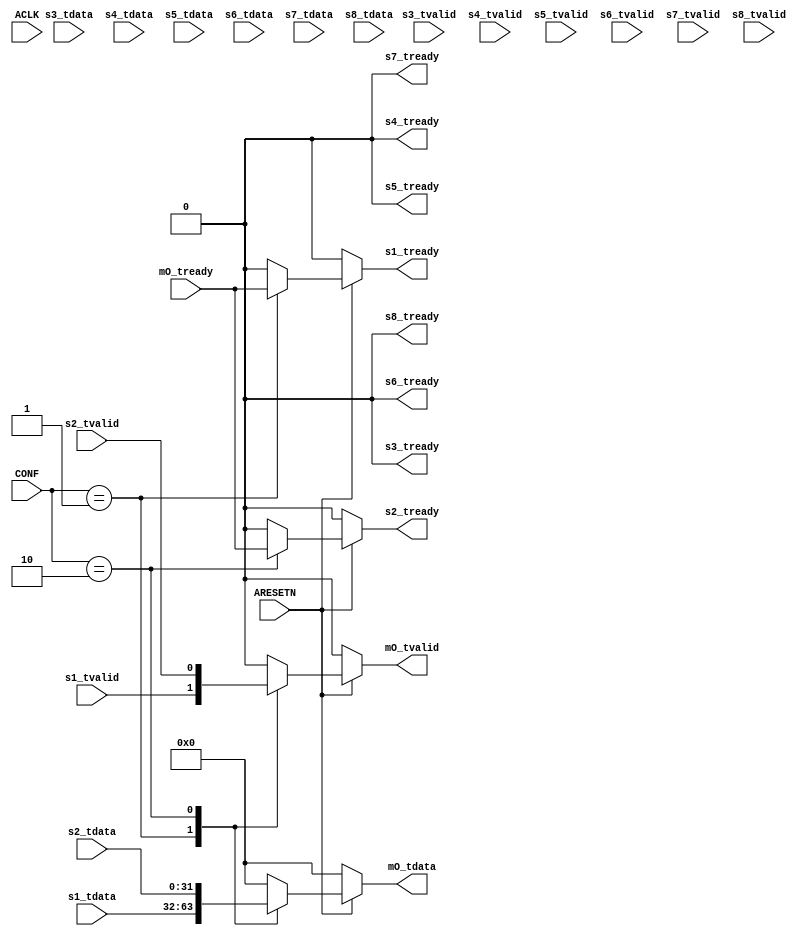
`timescale 1 ns / 1 ps

module jit_mux #
(
  parameter NUM_PORTs = 2
)
(

  output  reg              s1_tready  ,
  input   wire             s1_tvalid  ,
  input   wire  [31 : 0]   s1_tdata   ,

  output  reg              s2_tready  ,
  input   wire             s2_tvalid  ,
  input   wire  [31 : 0]   s2_tdata   ,

  output  reg              s3_tready  ,
  input   wire             s3_tvalid  ,
  input   wire  [31 : 0]   s3_tdata   ,

  output  reg              s4_tready  ,
  input   wire             s4_tvalid  ,
  input   wire  [31 : 0]   s4_tdata   ,

  output  reg              s5_tready  ,
  input   wire             s5_tvalid  ,
  input   wire  [31 : 0]   s5_tdata   ,

  output  reg              s6_tready  ,
  input   wire             s6_tvalid  ,
  input   wire  [31 : 0]   s6_tdata   ,

  output  reg              s7_tready  ,
  input   wire             s7_tvalid  ,
  input   wire  [31 : 0]   s7_tdata   ,

  output  reg              s8_tready  ,
  input   wire             s8_tvalid  ,
  input   wire  [31 : 0]   s8_tdata   ,

  input   wire             mO_tready  ,
  output  reg              mO_tvalid  ,
  output  reg   [31 : 0]   mO_tdata   ,

  input   wire  [ 3 : 0]   CONF       ,

  input   wire             ACLK       ,
  input   wire             ARESETN
);

//    ____   ___  ____ _____          ____
//   |  _ \ / _ \|  _ \_   _|__   _  |___ \
//   | |_) | | | | |_) || |/ __| (_)   __) |
//   |  __/| |_| |  _ < | |\__ \  _   / __/
//   |_|    \___/|_| \_\|_||___/ (_) |_____|
//
generate if (NUM_PORTs == 2) begin
  always @(*) begin
    if (!ARESETN) begin
      mO_tvalid =  1'b0     ;
      mO_tdata  = 32'd0     ;
      s1_tready =  1'b0     ;
      s2_tready =  1'b0     ;
      s3_tready =  1'b0     ;
      s4_tready =  1'b0     ;
      s5_tready =  1'b0     ;
      s6_tready =  1'b0     ;
      s7_tready =  1'b0     ;
      s8_tready =  1'b0     ;
    end
    else begin
      case (CONF)
        4'd0: begin
          mO_tvalid =  1'b0     ;
          mO_tdata  = 32'd0     ;
          s1_tready =  1'b0     ;
          s2_tready =  1'b0     ;
          s3_tready =  1'b0     ;
          s4_tready =  1'b0     ;
          s5_tready =  1'b0     ;
          s6_tready =  1'b0     ;
          s7_tready =  1'b0     ;
          s8_tready =  1'b0     ;
        end

        4'd1: begin
          mO_tvalid = s1_tvalid ;
          mO_tdata  = s1_tdata  ;
          s1_tready = mO_tready ;
          s2_tready = 1'b0      ;
          s3_tready = 1'b0      ;
          s4_tready = 1'b0      ;
          s5_tready = 1'b0      ;
          s6_tready = 1'b0      ;
          s7_tready = 1'b0      ;
          s8_tready = 1'b0      ;
        end

        4'd2: begin
          mO_tvalid = s2_tvalid ;
          mO_tdata  = s2_tdata  ;
          s1_tready = 1'b0      ;
          s2_tready = mO_tready ;
          s3_tready = 1'b0      ;
          s4_tready = 1'b0      ;
          s5_tready = 1'b0      ;
          s6_tready = 1'b0      ;
          s7_tready = 1'b0      ;
          s8_tready = 1'b0      ;
        end

        default: begin
          mO_tvalid =  1'b0     ;
          mO_tdata  = 32'd0     ;
          s1_tready =  1'b0     ;
          s2_tready =  1'b0     ;
          s3_tready =  1'b0     ;
          s4_tready =  1'b0     ;
          s5_tready =  1'b0     ;
          s6_tready =  1'b0     ;
          s7_tready =  1'b0     ;
          s8_tready =  1'b0     ;
        end
      endcase
    end
  end
end
endgenerate
//    ____   ___  ____ _____          _____
//   |  _ \ / _ \|  _ \_   _|__   _  |___ /
//   | |_) | | | | |_) || |/ __| (_)   |_ \
//   |  __/| |_| |  _ < | |\__ \  _   ___) |
//   |_|    \___/|_| \_\|_||___/ (_) |____/
//
generate if (NUM_PORTs == 3) begin
  always @(*) begin
    if (!ARESETN) begin
      mO_tvalid =  1'b0     ;
      mO_tdata  = 32'd0     ;
      s1_tready =  1'b0     ;
      s2_tready =  1'b0     ;
      s3_tready =  1'b0     ;
      s4_tready =  1'b0     ;
      s5_tready =  1'b0     ;
      s6_tready =  1'b0     ;
      s7_tready =  1'b0     ;
      s8_tready =  1'b0     ;
    end
    else begin
      case (CONF)
        4'd0: begin
          mO_tvalid =  1'b0     ;
          mO_tdata  = 32'd0     ;
          s1_tready =  1'b0     ;
          s2_tready =  1'b0     ;
          s3_tready =  1'b0     ;
          s4_tready =  1'b0     ;
          s5_tready =  1'b0     ;
          s6_tready =  1'b0     ;
          s7_tready =  1'b0     ;
          s8_tready =  1'b0     ;
        end

        4'd1: begin
          mO_tvalid = s1_tvalid ;
          mO_tdata  = s1_tdata  ;
          s1_tready = mO_tready ;
          s2_tready = 1'b0      ;
          s3_tready = 1'b0      ;
          s4_tready = 1'b0      ;
          s5_tready = 1'b0      ;
          s6_tready = 1'b0      ;
          s7_tready = 1'b0      ;
          s8_tready = 1'b0      ;
        end

        4'd2: begin
          mO_tvalid = s2_tvalid ;
          mO_tdata  = s2_tdata  ;
          s1_tready = 1'b0      ;
          s2_tready = mO_tready ;
          s3_tready = 1'b0      ;
          s4_tready = 1'b0      ;
          s5_tready = 1'b0      ;
          s6_tready = 1'b0      ;
          s7_tready = 1'b0      ;
          s8_tready = 1'b0      ;
        end

        4'd3: begin
          mO_tvalid = s3_tvalid ;
          mO_tdata  = s3_tdata  ;
          s1_tready = 1'b0      ;
          s2_tready = 1'b0      ;
          s3_tready = mO_tready ;
          s4_tready = 1'b0      ;
          s5_tready = 1'b0      ;
          s6_tready = 1'b0      ;
          s7_tready = 1'b0      ;
          s8_tready = 1'b0      ;
        end

        default: begin
          mO_tvalid =  1'b0     ;
          mO_tdata  = 32'd0     ;
          s1_tready =  1'b0     ;
          s2_tready =  1'b0     ;
          s3_tready =  1'b0     ;
          s4_tready =  1'b0     ;
          s5_tready =  1'b0     ;
          s6_tready =  1'b0     ;
          s7_tready =  1'b0     ;
          s8_tready =  1'b0     ;
        end
      endcase
    end
  end
end
endgenerate
//    ____   ___  ____ _____          _  _
//   |  _ \ / _ \|  _ \_   _|__   _  | || |
//   | |_) | | | | |_) || |/ __| (_) | || |_
//   |  __/| |_| |  _ < | |\__ \  _  |__   _|
//   |_|    \___/|_| \_\|_||___/ (_)    |_|
//
generate if (NUM_PORTs == 4) begin
  always @(*) begin
    if (!ARESETN) begin
      mO_tvalid =  1'b0     ;
      mO_tdata  = 32'd0     ;
      s1_tready =  1'b0     ;
      s2_tready =  1'b0     ;
      s3_tready =  1'b0     ;
      s4_tready =  1'b0     ;
      s5_tready =  1'b0     ;
      s6_tready =  1'b0     ;
      s7_tready =  1'b0     ;
      s8_tready =  1'b0     ;
    end
    else begin
      case (CONF)
        4'd0: begin
          mO_tvalid =  1'b0     ;
          mO_tdata  = 32'd0     ;
          s1_tready =  1'b0     ;
          s2_tready =  1'b0     ;
          s3_tready =  1'b0     ;
          s4_tready =  1'b0     ;
          s5_tready =  1'b0     ;
          s6_tready =  1'b0     ;
          s7_tready =  1'b0     ;
          s8_tready =  1'b0     ;
        end

        4'd1: begin
          mO_tvalid = s1_tvalid ;
          mO_tdata  = s1_tdata  ;
          s1_tready = mO_tready ;
          s2_tready = 1'b0      ;
          s3_tready = 1'b0      ;
          s4_tready = 1'b0      ;
          s5_tready = 1'b0      ;
          s6_tready = 1'b0      ;
          s7_tready = 1'b0      ;
          s8_tready = 1'b0      ;
        end

        4'd2: begin
          mO_tvalid = s2_tvalid ;
          mO_tdata  = s2_tdata  ;
          s1_tready = 1'b0      ;
          s2_tready = mO_tready ;
          s3_tready = 1'b0      ;
          s4_tready = 1'b0      ;
          s5_tready = 1'b0      ;
          s6_tready = 1'b0      ;
          s7_tready = 1'b0      ;
          s8_tready = 1'b0      ;
        end

        4'd3: begin
          mO_tvalid = s3_tvalid ;
          mO_tdata  = s3_tdata  ;
          s1_tready = 1'b0      ;
          s2_tready = 1'b0      ;
          s3_tready = mO_tready ;
          s4_tready = 1'b0      ;
          s5_tready = 1'b0      ;
          s6_tready = 1'b0      ;
          s7_tready = 1'b0      ;
          s8_tready = 1'b0      ;
        end

        4'd4: begin
          mO_tvalid = s4_tvalid ;
          mO_tdata  = s4_tdata  ;
          s1_tready = 1'b0      ;
          s2_tready = 1'b0      ;
          s3_tready = 1'b0      ;
          s4_tready = mO_tready ;
          s5_tready = 1'b0      ;
          s6_tready = 1'b0      ;
          s7_tready = 1'b0      ;
          s8_tready = 1'b0      ;
        end

        default: begin
          mO_tvalid =  1'b0     ;
          mO_tdata  = 32'd0     ;
          s1_tready =  1'b0     ;
          s2_tready =  1'b0     ;
          s3_tready =  1'b0     ;
          s4_tready =  1'b0     ;
          s5_tready =  1'b0     ;
          s6_tready =  1'b0     ;
          s7_tready =  1'b0     ;
          s8_tready =  1'b0     ;
        end
      endcase
    end
  end
end
endgenerate
//    ____   ___  ____ _____          ____
//   |  _ \ / _ \|  _ \_   _|__   _  | ___|
//   | |_) | | | | |_) || |/ __| (_) |___ \
//   |  __/| |_| |  _ < | |\__ \  _   ___) |
//   |_|    \___/|_| \_\|_||___/ (_) |____/
//
generate if (NUM_PORTs == 5) begin
  always @(*) begin
    if (!ARESETN) begin
      mO_tvalid =  1'b0     ;
      mO_tdata  = 32'd0     ;
      s1_tready =  1'b0     ;
      s2_tready =  1'b0     ;
      s3_tready =  1'b0     ;
      s4_tready =  1'b0     ;
      s5_tready =  1'b0     ;
      s6_tready =  1'b0     ;
      s7_tready =  1'b0     ;
      s8_tready =  1'b0     ;
    end
    else begin
      case (CONF)
        4'd0: begin
          mO_tvalid =  1'b0     ;
          mO_tdata  = 32'd0     ;
          s1_tready =  1'b0     ;
          s2_tready =  1'b0     ;
          s3_tready =  1'b0     ;
          s4_tready =  1'b0     ;
          s5_tready =  1'b0     ;
          s6_tready =  1'b0     ;
          s7_tready =  1'b0     ;
          s8_tready =  1'b0     ;
        end

        4'd1: begin
          mO_tvalid = s1_tvalid ;
          mO_tdata  = s1_tdata  ;
          s1_tready = mO_tready ;
          s2_tready = 1'b0      ;
          s3_tready = 1'b0      ;
          s4_tready = 1'b0      ;
          s5_tready = 1'b0      ;
          s6_tready = 1'b0      ;
          s7_tready = 1'b0      ;
          s8_tready = 1'b0      ;
        end

        4'd2: begin
          mO_tvalid = s2_tvalid ;
          mO_tdata  = s2_tdata  ;
          s1_tready = 1'b0      ;
          s2_tready = mO_tready ;
          s3_tready = 1'b0      ;
          s4_tready = 1'b0      ;
          s5_tready = 1'b0      ;
          s6_tready = 1'b0      ;
          s7_tready = 1'b0      ;
          s8_tready = 1'b0      ;
        end

        4'd3: begin
          mO_tvalid = s3_tvalid ;
          mO_tdata  = s3_tdata  ;
          s1_tready = 1'b0      ;
          s2_tready = 1'b0      ;
          s3_tready = mO_tready ;
          s4_tready = 1'b0      ;
          s5_tready = 1'b0      ;
          s6_tready = 1'b0      ;
          s7_tready = 1'b0      ;
          s8_tready = 1'b0      ;
        end

        4'd4: begin
          mO_tvalid = s4_tvalid ;
          mO_tdata  = s4_tdata  ;
          s1_tready = 1'b0      ;
          s2_tready = 1'b0      ;
          s3_tready = 1'b0      ;
          s4_tready = mO_tready ;
          s5_tready = 1'b0      ;
          s6_tready = 1'b0      ;
          s7_tready = 1'b0      ;
          s8_tready = 1'b0      ;
        end

        4'd5: begin
          mO_tvalid = s5_tvalid ;
          mO_tdata  = s5_tdata  ;
          s1_tready = 1'b0      ;
          s2_tready = 1'b0      ;
          s3_tready = 1'b0      ;
          s4_tready = 1'b0      ;
          s5_tready = mO_tready ;
          s6_tready = 1'b0      ;
          s7_tready = 1'b0      ;
          s8_tready = 1'b0      ;
        end

        default: begin
          mO_tvalid =  1'b0     ;
          mO_tdata  = 32'd0     ;
          s1_tready =  1'b0     ;
          s2_tready =  1'b0     ;
          s3_tready =  1'b0     ;
          s4_tready =  1'b0     ;
          s5_tready =  1'b0     ;
          s6_tready =  1'b0     ;
          s7_tready =  1'b0     ;
          s8_tready =  1'b0     ;
        end
      endcase
    end
  end
end
endgenerate
//    ____   ___  ____ _____           __
//   |  _ \ / _ \|  _ \_   _|__   _   / /_
//   | |_) | | | | |_) || |/ __| (_) | '_ \
//   |  __/| |_| |  _ < | |\__ \  _  | (_) |
//   |_|    \___/|_| \_\|_||___/ (_)  \___/
//
generate if (NUM_PORTs == 6) begin
  always @(*) begin
    if (!ARESETN) begin
      mO_tvalid =  1'b0     ;
      mO_tdata  = 32'd0     ;
      s1_tready =  1'b0     ;
      s2_tready =  1'b0     ;
      s3_tready =  1'b0     ;
      s4_tready =  1'b0     ;
      s5_tready =  1'b0     ;
      s6_tready =  1'b0     ;
      s7_tready =  1'b0     ;
      s8_tready =  1'b0     ;
    end
    else begin
      case (CONF)
        4'd0: begin
          mO_tvalid =  1'b0     ;
          mO_tdata  = 32'd0     ;
          s1_tready =  1'b0     ;
          s2_tready =  1'b0     ;
          s3_tready =  1'b0     ;
          s4_tready =  1'b0     ;
          s5_tready =  1'b0     ;
          s6_tready =  1'b0     ;
          s7_tready =  1'b0     ;
          s8_tready =  1'b0     ;
        end

        4'd1: begin
          mO_tvalid = s1_tvalid ;
          mO_tdata  = s1_tdata  ;
          s1_tready = mO_tready ;
          s2_tready = 1'b0      ;
          s3_tready = 1'b0      ;
          s4_tready = 1'b0      ;
          s5_tready = 1'b0      ;
          s6_tready = 1'b0      ;
          s7_tready = 1'b0      ;
          s8_tready = 1'b0      ;
        end

        4'd2: begin
          mO_tvalid = s2_tvalid ;
          mO_tdata  = s2_tdata  ;
          s1_tready = 1'b0      ;
          s2_tready = mO_tready ;
          s3_tready = 1'b0      ;
          s4_tready = 1'b0      ;
          s5_tready = 1'b0      ;
          s6_tready = 1'b0      ;
          s7_tready = 1'b0      ;
          s8_tready = 1'b0      ;
        end

        4'd3: begin
          mO_tvalid = s3_tvalid ;
          mO_tdata  = s3_tdata  ;
          s1_tready = 1'b0      ;
          s2_tready = 1'b0      ;
          s3_tready = mO_tready ;
          s4_tready = 1'b0      ;
          s5_tready = 1'b0      ;
          s6_tready = 1'b0      ;
          s7_tready = 1'b0      ;
          s8_tready = 1'b0      ;
        end

        4'd4: begin
          mO_tvalid = s4_tvalid ;
          mO_tdata  = s4_tdata  ;
          s1_tready = 1'b0      ;
          s2_tready = 1'b0      ;
          s3_tready = 1'b0      ;
          s4_tready = mO_tready ;
          s5_tready = 1'b0      ;
          s6_tready = 1'b0      ;
          s7_tready = 1'b0      ;
          s8_tready = 1'b0      ;
        end

        4'd5: begin
          mO_tvalid = s5_tvalid ;
          mO_tdata  = s5_tdata  ;
          s1_tready = 1'b0      ;
          s2_tready = 1'b0      ;
          s3_tready = 1'b0      ;
          s4_tready = 1'b0      ;
          s5_tready = mO_tready ;
          s6_tready = 1'b0      ;
          s7_tready = 1'b0      ;
          s8_tready = 1'b0      ;
        end

        4'd6: begin
          mO_tvalid = s6_tvalid ;
          mO_tdata  = s6_tdata  ;
          s1_tready = 1'b0      ;
          s2_tready = 1'b0      ;
          s3_tready = 1'b0      ;
          s4_tready = 1'b0      ;
          s5_tready = 1'b0      ;
          s6_tready = mO_tready ;
          s7_tready = 1'b0      ;
          s8_tready = 1'b0      ;
        end

        default: begin
          mO_tvalid =  1'b0     ;
          mO_tdata  = 32'd0     ;
          s1_tready =  1'b0     ;
          s2_tready =  1'b0     ;
          s3_tready =  1'b0     ;
          s4_tready =  1'b0     ;
          s5_tready =  1'b0     ;
          s6_tready =  1'b0     ;
          s7_tready =  1'b0     ;
          s8_tready =  1'b0     ;
        end
      endcase
    end
  end
end
endgenerate
//    ____   ___  ____ _____          _____
//   |  _ \ / _ \|  _ \_   _|__   _  |___  |
//   | |_) | | | | |_) || |/ __| (_)    / /
//   |  __/| |_| |  _ < | |\__ \  _    / /
//   |_|    \___/|_| \_\|_||___/ (_)  /_/
//
generate if (NUM_PORTs == 7) begin
  always @(*) begin
    if (!ARESETN) begin
      mO_tvalid =  1'b0     ;
      mO_tdata  = 32'd0     ;
      s1_tready =  1'b0     ;
      s2_tready =  1'b0     ;
      s3_tready =  1'b0     ;
      s4_tready =  1'b0     ;
      s5_tready =  1'b0     ;
      s6_tready =  1'b0     ;
      s7_tready =  1'b0     ;
      s8_tready =  1'b0     ;
    end
    else begin
      case (CONF)
        4'd0: begin
          mO_tvalid =  1'b0     ;
          mO_tdata  = 32'd0     ;
          s1_tready =  1'b0     ;
          s2_tready =  1'b0     ;
          s3_tready =  1'b0     ;
          s4_tready =  1'b0     ;
          s5_tready =  1'b0     ;
          s6_tready =  1'b0     ;
          s7_tready =  1'b0     ;
          s8_tready =  1'b0     ;
        end

        4'd1: begin
          mO_tvalid = s1_tvalid ;
          mO_tdata  = s1_tdata  ;
          s1_tready = mO_tready ;
          s2_tready = 1'b0      ;
          s3_tready = 1'b0      ;
          s4_tready = 1'b0      ;
          s5_tready = 1'b0      ;
          s6_tready = 1'b0      ;
          s7_tready = 1'b0      ;
          s8_tready = 1'b0      ;
        end

        4'd2: begin
          mO_tvalid = s2_tvalid ;
          mO_tdata  = s2_tdata  ;
          s1_tready = 1'b0      ;
          s2_tready = mO_tready ;
          s3_tready = 1'b0      ;
          s4_tready = 1'b0      ;
          s5_tready = 1'b0      ;
          s6_tready = 1'b0      ;
          s7_tready = 1'b0      ;
          s8_tready = 1'b0      ;
        end

        4'd3: begin
          mO_tvalid = s3_tvalid ;
          mO_tdata  = s3_tdata  ;
          s1_tready = 1'b0      ;
          s2_tready = 1'b0      ;
          s3_tready = mO_tready ;
          s4_tready = 1'b0      ;
          s5_tready = 1'b0      ;
          s6_tready = 1'b0      ;
          s7_tready = 1'b0      ;
          s8_tready = 1'b0      ;
        end

        4'd4: begin
          mO_tvalid = s4_tvalid ;
          mO_tdata  = s4_tdata  ;
          s1_tready = 1'b0      ;
          s2_tready = 1'b0      ;
          s3_tready = 1'b0      ;
          s4_tready = mO_tready ;
          s5_tready = 1'b0      ;
          s6_tready = 1'b0      ;
          s7_tready = 1'b0      ;
          s8_tready = 1'b0      ;
        end

        4'd5: begin
          mO_tvalid = s5_tvalid ;
          mO_tdata  = s5_tdata  ;
          s1_tready = 1'b0      ;
          s2_tready = 1'b0      ;
          s3_tready = 1'b0      ;
          s4_tready = 1'b0      ;
          s5_tready = mO_tready ;
          s6_tready = 1'b0      ;
          s7_tready = 1'b0      ;
          s8_tready = 1'b0      ;
        end

        4'd6: begin
          mO_tvalid = s6_tvalid ;
          mO_tdata  = s6_tdata  ;
          s1_tready = 1'b0      ;
          s2_tready = 1'b0      ;
          s3_tready = 1'b0      ;
          s4_tready = 1'b0      ;
          s5_tready = 1'b0      ;
          s6_tready = mO_tready ;
          s7_tready = 1'b0      ;
          s8_tready = 1'b0      ;
        end

        4'd7: begin
          mO_tvalid = s7_tvalid ;
          mO_tdata  = s7_tdata  ;
          s1_tready = 1'b0      ;
          s2_tready = 1'b0      ;
          s3_tready = 1'b0      ;
          s4_tready = 1'b0      ;
          s5_tready = 1'b0      ;
          s6_tready = 1'b0      ;
          s7_tready = mO_tready ;
          s8_tready = 1'b0      ;
        end

        default: begin
          mO_tvalid =  1'b0     ;
          mO_tdata  = 32'd0     ;
          s1_tready =  1'b0     ;
          s2_tready =  1'b0     ;
          s3_tready =  1'b0     ;
          s4_tready =  1'b0     ;
          s5_tready =  1'b0     ;
          s6_tready =  1'b0     ;
          s7_tready =  1'b0     ;
          s8_tready =  1'b0     ;
        end
      endcase
    end
  end
end
endgenerate
//    ____   ___  ____ _____           ___
//   |  _ \ / _ \|  _ \_   _|__   _   ( _ )
//   | |_) | | | | |_) || |/ __| (_)  / _ \
//   |  __/| |_| |  _ < | |\__ \  _  | (_) |
//   |_|    \___/|_| \_\|_||___/ (_)  \___/
//
generate if (NUM_PORTs == 8) begin
  always @(*) begin
    if (!ARESETN) begin
      mO_tvalid =  1'b0     ;
      mO_tdata  = 32'd0     ;
      s1_tready =  1'b0     ;
      s2_tready =  1'b0     ;
      s3_tready =  1'b0     ;
      s4_tready =  1'b0     ;
      s5_tready =  1'b0     ;
      s6_tready =  1'b0     ;
      s7_tready =  1'b0     ;
      s8_tready =  1'b0     ;
    end
    else begin
      case (CONF)
        4'd0: begin
          mO_tvalid =  1'b0     ;
          mO_tdata  = 32'd0     ;
          s1_tready =  1'b0     ;
          s2_tready =  1'b0     ;
          s3_tready =  1'b0     ;
          s4_tready =  1'b0     ;
          s5_tready =  1'b0     ;
          s6_tready =  1'b0     ;
          s7_tready =  1'b0     ;
          s8_tready =  1'b0     ;
        end

        4'd1: begin
          mO_tvalid = s1_tvalid ;
          mO_tdata  = s1_tdata  ;
          s1_tready = mO_tready ;
          s2_tready = 1'b0      ;
          s3_tready = 1'b0      ;
          s4_tready = 1'b0      ;
          s5_tready = 1'b0      ;
          s6_tready = 1'b0      ;
          s7_tready = 1'b0      ;
          s8_tready = 1'b0      ;
        end

        4'd2: begin
          mO_tvalid = s2_tvalid ;
          mO_tdata  = s2_tdata  ;
          s1_tready = 1'b0      ;
          s2_tready = mO_tready ;
          s3_tready = 1'b0      ;
          s4_tready = 1'b0      ;
          s5_tready = 1'b0      ;
          s6_tready = 1'b0      ;
          s7_tready = 1'b0      ;
          s8_tready = 1'b0      ;
        end

        4'd3: begin
          mO_tvalid = s3_tvalid ;
          mO_tdata  = s3_tdata  ;
          s1_tready = 1'b0      ;
          s2_tready = 1'b0      ;
          s3_tready = mO_tready ;
          s4_tready = 1'b0      ;
          s5_tready = 1'b0      ;
          s6_tready = 1'b0      ;
          s7_tready = 1'b0      ;
          s8_tready = 1'b0      ;
        end

        4'd4: begin
          mO_tvalid = s4_tvalid ;
          mO_tdata  = s4_tdata  ;
          s1_tready = 1'b0      ;
          s2_tready = 1'b0      ;
          s3_tready = 1'b0      ;
          s4_tready = mO_tready ;
          s5_tready = 1'b0      ;
          s6_tready = 1'b0      ;
          s7_tready = 1'b0      ;
          s8_tready = 1'b0      ;
        end

        4'd5: begin
          mO_tvalid = s5_tvalid ;
          mO_tdata  = s5_tdata  ;
          s1_tready = 1'b0      ;
          s2_tready = 1'b0      ;
          s3_tready = 1'b0      ;
          s4_tready = 1'b0      ;
          s5_tready = mO_tready ;
          s6_tready = 1'b0      ;
          s7_tready = 1'b0      ;
          s8_tready = 1'b0      ;
        end

        4'd6: begin
          mO_tvalid = s6_tvalid ;
          mO_tdata  = s6_tdata  ;
          s1_tready = 1'b0      ;
          s2_tready = 1'b0      ;
          s3_tready = 1'b0      ;
          s4_tready = 1'b0      ;
          s5_tready = 1'b0      ;
          s6_tready = mO_tready ;
          s7_tready = 1'b0      ;
          s8_tready = 1'b0      ;
        end

        4'd7: begin
          mO_tvalid = s7_tvalid ;
          mO_tdata  = s7_tdata  ;
          s1_tready = 1'b0      ;
          s2_tready = 1'b0      ;
          s3_tready = 1'b0      ;
          s4_tready = 1'b0      ;
          s5_tready = 1'b0      ;
          s6_tready = 1'b0      ;
          s7_tready = mO_tready ;
          s8_tready = 1'b0      ;
        end

        4'd8: begin
          mO_tvalid = s8_tvalid ;
          mO_tdata  = s8_tdata  ;
          s1_tready = 1'b0      ;
          s2_tready = 1'b0      ;
          s3_tready = 1'b0      ;
          s4_tready = 1'b0      ;
          s5_tready = 1'b0      ;
          s6_tready = 1'b0      ;
          s7_tready = 1'b0      ;
          s8_tready = mO_tready ;
        end

        default: begin
          mO_tvalid =  1'b0     ;
          mO_tdata  = 32'd0     ;
          s1_tready =  1'b0     ;
          s2_tready =  1'b0     ;
          s3_tready =  1'b0     ;
          s4_tready =  1'b0     ;
          s5_tready =  1'b0     ;
          s6_tready =  1'b0     ;
          s7_tready =  1'b0     ;
          s8_tready =  1'b0     ;
        end
      endcase
    end
  end
end
endgenerate

endmodule